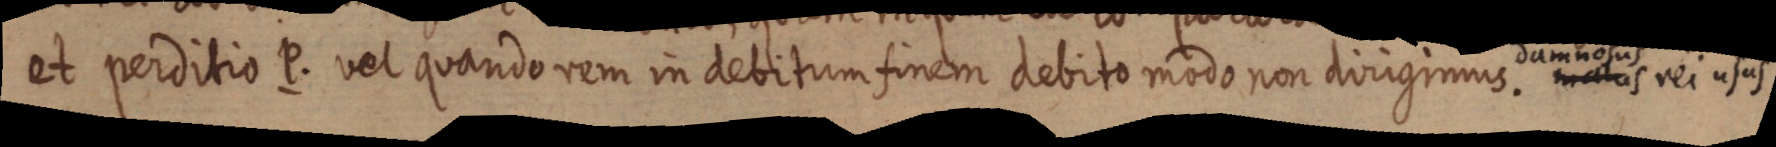
et perditio P. vel quandorem in debitum finem debito modo non dirigimus dumnosus rei usus